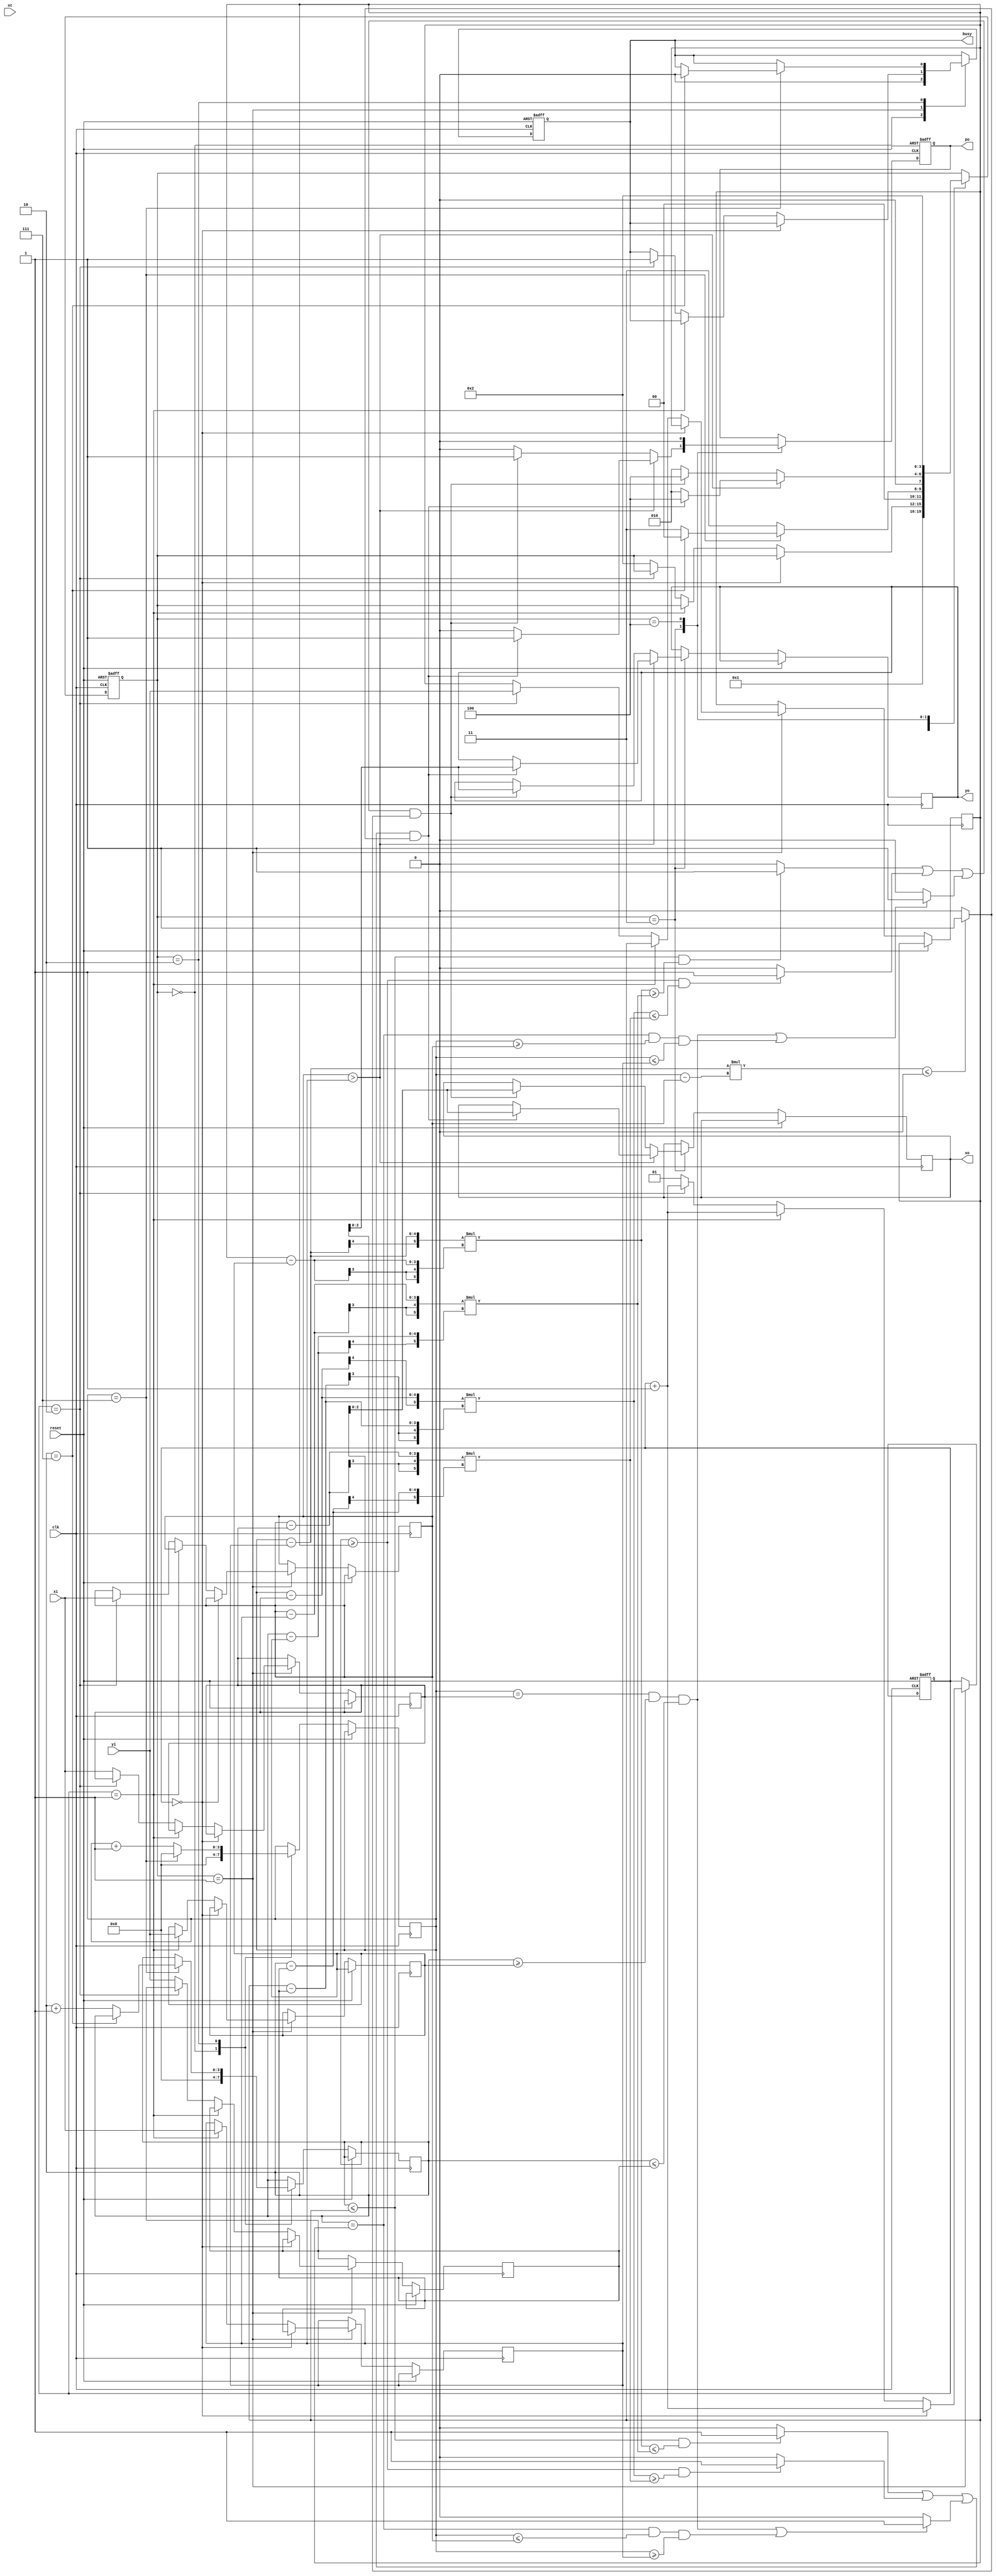
module triangle (clk, reset, nt, xi, yi, busy, po, xo, yo);
   input clk, reset, nt;
   input [2:0] xi, yi;
   output reg busy, po;
   output reg [2:0] xo, yo;
   reg [3:0] state;
   reg [2:0] x1,x2,x3,y1,y2,y3;
   reg [1:0]i;
   reg [3:0]m,n;
   wire a,b,c,o,a1,b1,c1;
   wire signed [5:0]d,e,f,g,h,j;
   assign a=(n<=y2&d<=e)?1:0;
   assign b=(n>=y2&f>=g)?1:0;
   assign c=((m==x3&n>=y1&n<=y3)||(n==y2&m<=x2&m>=x1))?1:0;
   assign a1=(n<=y2&d>=e)?1:0;
   assign b1=(n>=y2&f<=g)?1:0;
   assign c1=((m==x3&n>=y1&n<=y3)||(n==y2&m>=x2&m<=x1))?1:0;
   //assign c1=((m==x3&n>=y1&n<=y3)||(n==y2&m<=x2&m>=x1))?1:0;
   
   assign d=(m-x1)*(y2-y1);
   assign e=(x2-x1)*(n-y1);
   assign f=(m-x3)*(y2-y3);
   assign g=(x2-x3)*(n-y3);
   
   assign h=m-x1;
   assign j=m-x2;
   assign o=(h*j<=0)?1:0;

   

   always @(posedge clk or posedge reset)
   begin
      if(reset)begin
         state<=0;
         i<=0;
         busy<=1;
         po<=0;
      end
      else begin
         case(state)
            0: begin
                  busy<=0;
                  state<=1;
                  m<=0;
                  n<=0;
               end
            1: begin
                  if(i==0)begin
                     i<=i+1;
                  end
                  else if(i==1)begin
                     x1<=xi;
                     y1<=yi;
                     i<=i+1;
                  end
                  else if (i==2)begin
                     x2<=xi;
                     y2<=yi;
                     i<=i+1;
                     busy<=1;
                  end
                  else begin
                     x3<=xi;
                     y3<=yi;
                     state<=2;
                     i<=1;
                 end
               end
            2: begin
                  if(m==7)begin
                     m<=0;
                     if(n==7)begin
                        busy<=0;
                        state<=0;
                     end
                     else begin
                        n<=n+1;
                        state<=3;
                     end
                  end
                  else begin
                     m<=m+1;
                     state<=3;
                  end
               end
            3: begin
                  if(x2>x1)begin
                     if(((a||b)||c)&o)begin
                        state<=4;
                        po<=1;
                        xo<=m;
                        yo<=n;
                     end
                     else begin
                        state<=2;
                        po<=0;
                      end
                  end
                  else begin
                     if(((a1||b1)||c1)&o)begin
                        state<=4;
                        po<=1;
                        xo<=m;
                        yo<=n;
                     end
                     else begin
                        state<=2;
                        po<=0;
                      end
                  end
               end
            4: begin
                  
                  po<=0;
                  state<=2;
               end
         endcase
      end

   end   


  

   
endmodule